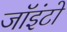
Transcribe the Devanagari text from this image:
जॉइंटो